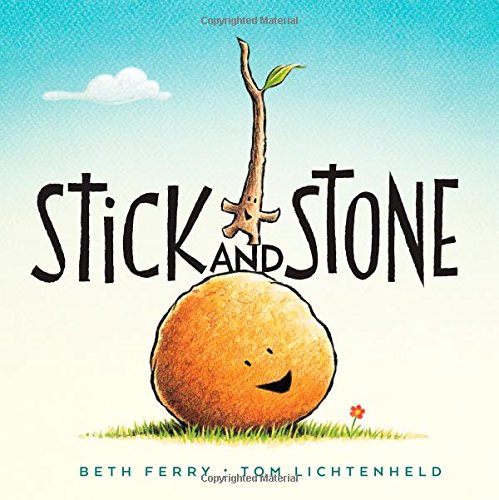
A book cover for Stick and Stone; Beth Ferry; Children's Books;